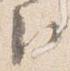
臣